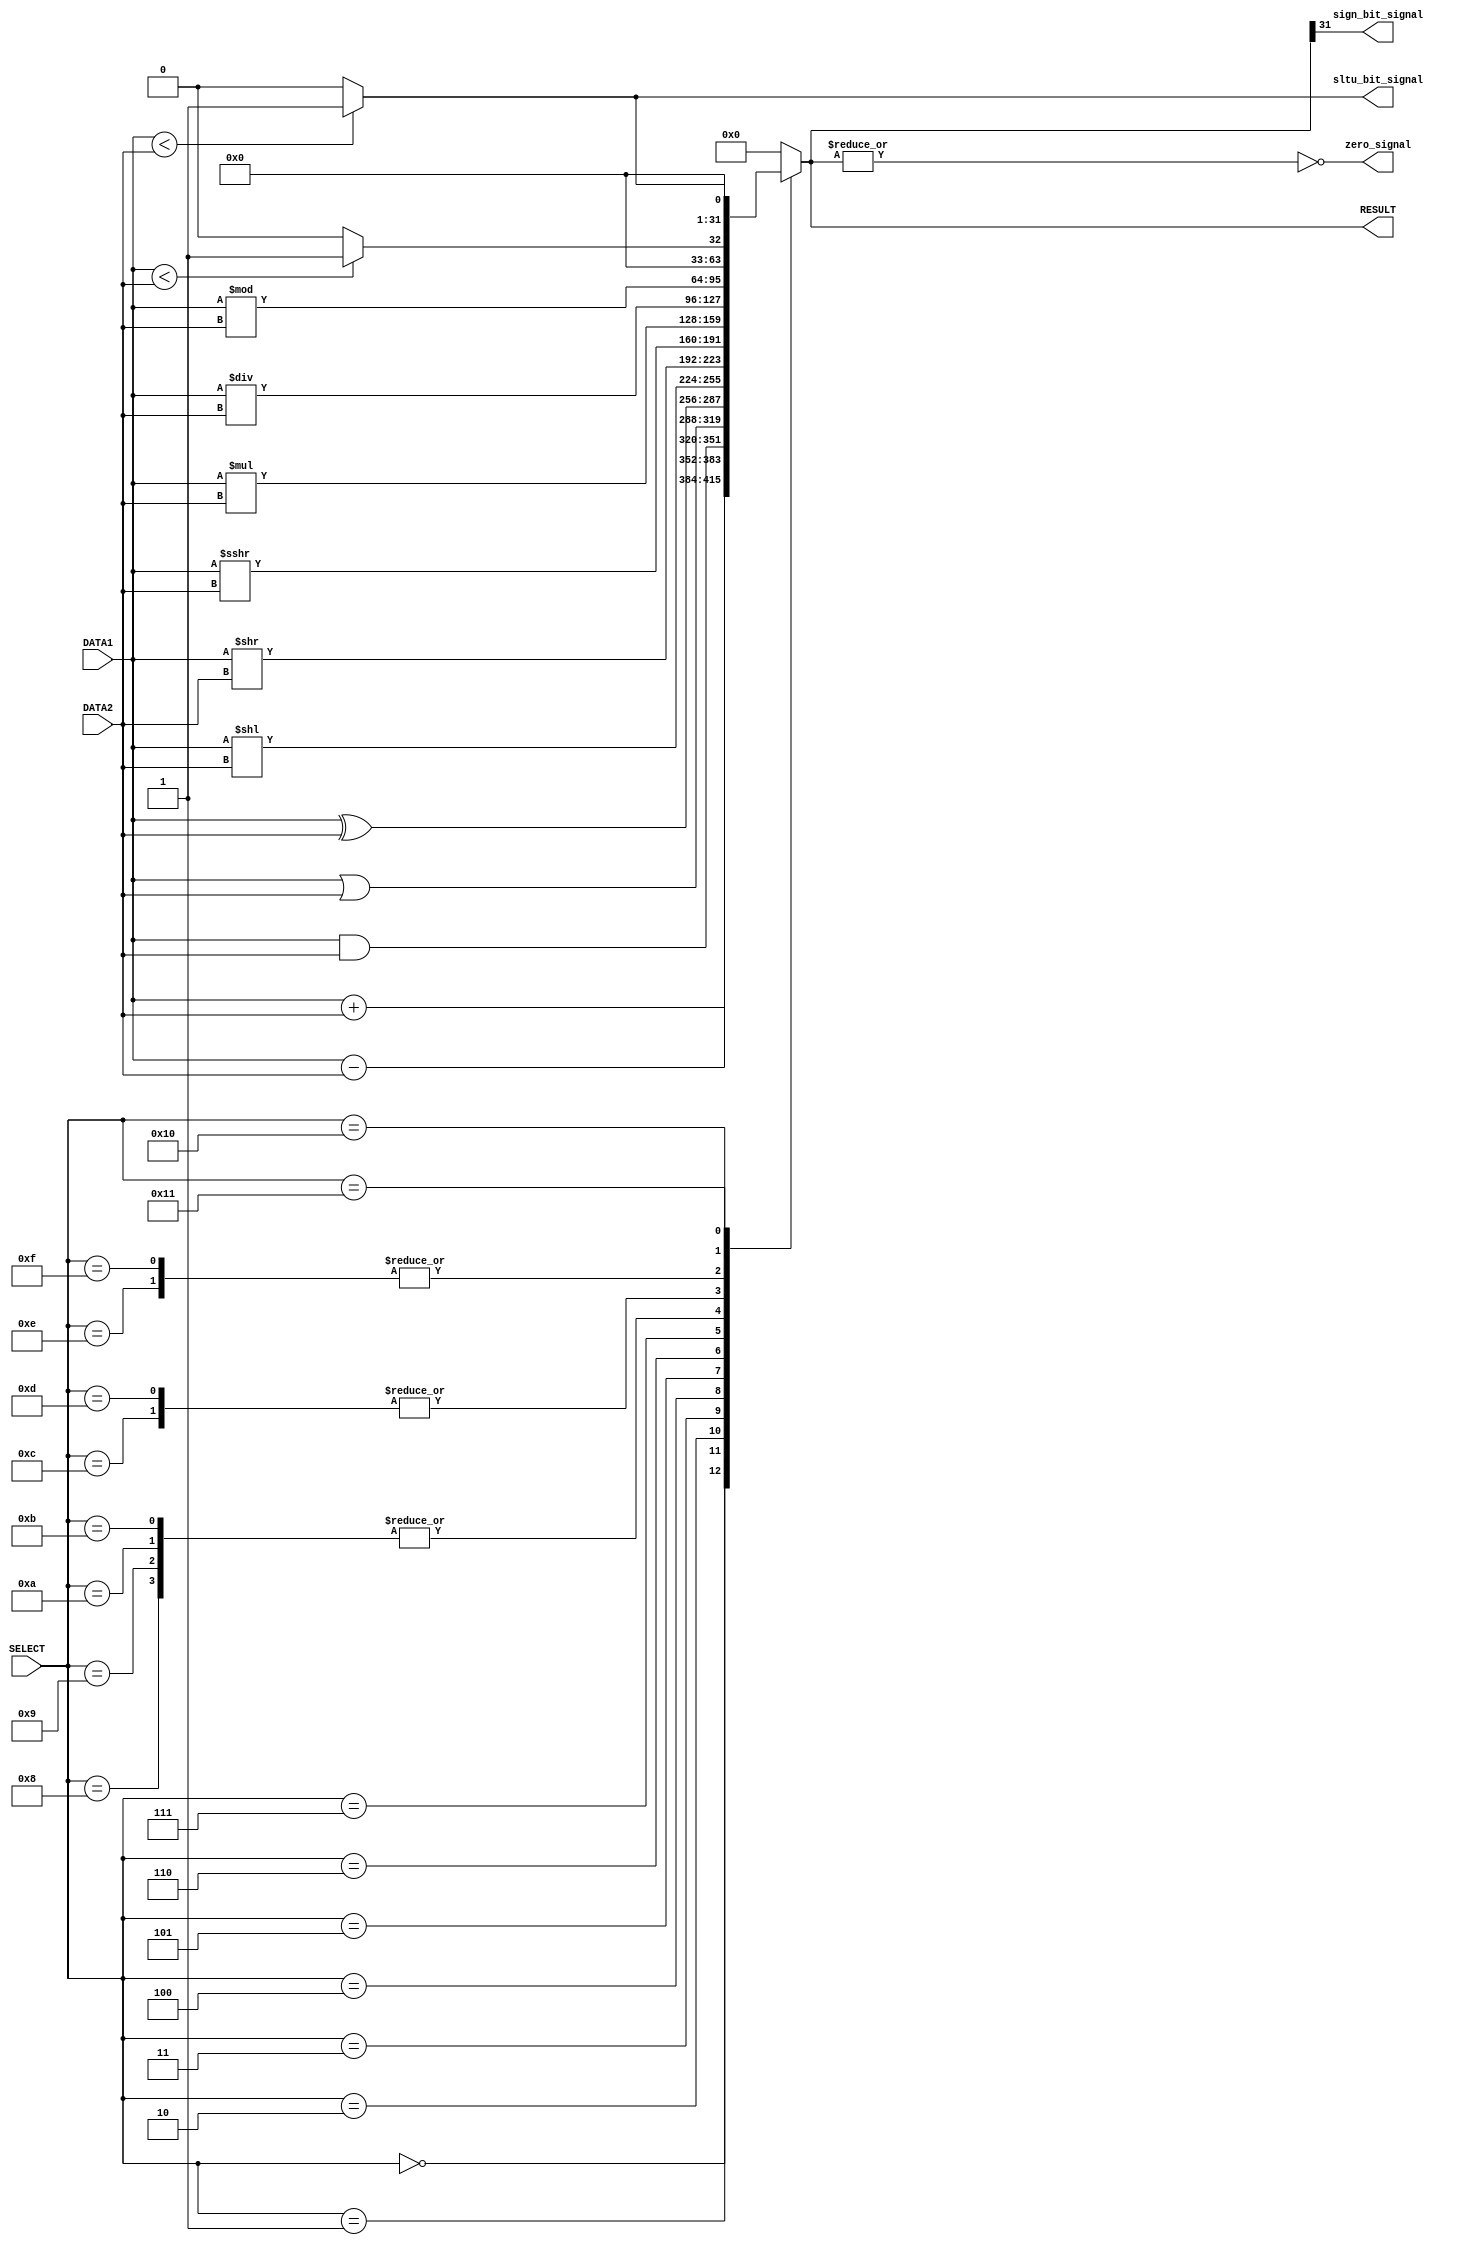
//       #########         ALU        ########
`timescale  1ns/100ps

module alu(DATA1,DATA2,RESULT,SELECT,zero_signal,sign_bit_signal,sltu_bit_signal);	//module for ALU
    input [31:0]DATA1,DATA2;                                             //define 32bit tw0 inputs DATA1 and DATA2
	input [4:0] SELECT;                                                  //define 5bit SELECT port
	output [31:0]RESULT;                                   	             //define 32bit output port
	output     zero_signal,sign_bit_signal,sltu_bit_signal;
	wire[31:0] ADD,SUB,AND,OR,XOR,
			   SLL,SRL,SRA,
			   MUL,MULH,MULHU,MULHSU,
			   DIV,DIVU,REM,REMU,
			   SLT,SLTU;                                       
    reg[31:0] RESULT;													 //(output is declared as type reg since it is used in procedural block)
	
	assign zero_signal= ~(|RESULT);                                      //zero flag set when data 1 and data 2 is equal(Z flag)
	assign sign_bit_signal=RESULT[31];                                   //sign bit  (G flag)
	assign sltu_bit_signal=SLTU[0];										// zeroth bit of sltu operation (K flag)

	//forwarding removed
	// assign FORWARD=DATA2;                                  //forward DATA2 to output

    //R type instructions
    assign #2 ADD=DATA1 + DATA2;                             //Addition
	assign #2 SUB=DATA1 - DATA2;                             //Substraction
    assign #1 AND=DATA1 & DATA2;                             //bitwise AND
    assign #1 OR=DATA1 | DATA2;                              //bitwise OR
    assign #1 XOR=DATA1 ^ DATA2;                             //bitwise XOR

	//shift operations
    assign #1 SLL = DATA1 << DATA2;                          //shift left logical
    assign #1 SRL = DATA1 >> DATA2;						  //shift right logical
    assign #1 SRA = DATA1 >>> DATA2;						  //shift roght arithmetic

	//multiplication and division instructions
	assign #3 MUL = DATA1 * DATA2;                            // Multiplication
    assign #3 MULH = DATA1 * DATA2;                           // Multiplication (Signed)
    assign #3 MULHU = $unsigned(DATA1) * $unsigned(DATA2);    // Multiplication (Unsigned)
    assign #3 MULHSU = $signed(DATA1) * $unsigned(DATA2);     // Multiplication (Signed x UnSigned)

	assign #3 DIV = DATA1 / DATA2;                           // Division
    assign #3 DIVU = $unsigned(DATA1) / $unsigned(DATA2);    // Division Unsigned
    assign #3 REM = DATA1 % DATA2;                           // Remainder
    assign #3 REMU = DATA1 % DATA2;                          // Remainder Unsigned


	assign #1 SLT = ($signed(DATA1) < $signed(DATA2)) ? 32'd1 : 32'd0;         // set less than (signed)
    assign #1 SLTU = ($unsigned(DATA1) < $unsigned(DATA2)) ? 32'd1 : 32'd0;    // set less than (unsigned)

	always@(*)                          //always_block calls whenever a signal changes
	begin
		case(SELECT)
			5'b00000: begin 
			        RESULT = ADD;                                                  
					end
			5'b00001: begin 
                 	RESULT = SUB;		         
					end
			5'b00010: begin 
			        RESULT = AND;          
					end
            5'b00011: begin 
			        RESULT = OR;        
					end
            5'b00100: begin
					RESULT = XOR;	             							
                     end
   			5'b00101: begin                                                             
			        RESULT = SLL;                   
					 end
            5'b00110: begin
			        RESULT = SRL;                 			            							
                    end
            5'b00111: begin
			        RESULT = SRA;                 			            							
                    end
            5'b01000: begin
			        RESULT = MUL;                 			            							
                    end
            5'b01001: begin
			        RESULT = MULH;                 			            							
                    end
			5'b01010: begin
			        RESULT = MULHU;                 			            							
                    end
			5'b01011: begin
			        RESULT = MULHSU;                 			            							
                    end
			5'b01100: begin
			        RESULT = DIV;                 			            							
                    end
			5'b01101: begin
			        RESULT = DIVU;                 			            							
                    end                                              			  
			5'b01110: begin
			        RESULT = REM;                 			            							
                    end
			5'b01111: begin
			        RESULT = REMU;                 			            							
                    end
			5'b10000: begin
			        RESULT = SLT;                 			            							
                    end
			5'b10001: begin
			        RESULT = SLTU;                 			            							
                    end
		    default:RESULT = 31'd0;				                              //unused select combination makes output 0
		endcase
	end
	
endmodule




 module alu_testbench();		                                      //testbench of ALU
	reg [31:0] DATA1,DATA2;
	reg [4:0] SELECT;
	wire [31:0] RESULT;
	wire zero_signal,sign_bit_signal,sltu_bit_signal;
	 
	 alu alu_test(DATA1,DATA2,RESULT,SELECT,zero_signal,sign_bit_signal,sltu_bit_signal);	
		
		initial
		begin
		$monitor("DATA1: %b,DATA2: %b,SELECT: %b,RESULT: %b",DATA1,DATA2,SELECT,RESULT);
		end
		
		initial
		begin
		
		DATA1 = 32'd25;
		DATA2 = 32'd20;
		SELECT = 5'b00000;
		 #5 
		$display("TEST 1 Passed!");
		SELECT = 5'b00001;
		 #5
		 $display("TEST 2 Passed!");
		SELECT = 5'b00010;
		 #5
		SELECT = 5'b00011;
		 #5
		SELECT = 5'b00100;
		 #5
		SELECT = 5'b00100;
		end
		
 endmodule